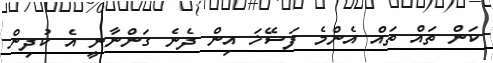
ކަން ތައް ތައް އެންމެ ފަސޭޚަ އިން ދެނެ ގަންނާނީ އެ ކުދިން